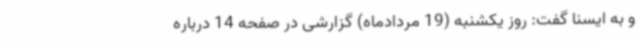
و به ایسنا گفت: روز یکشنبه (19 مردادماه) گزارشی در صفحه 14 درباره